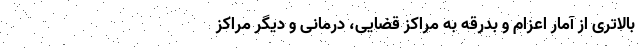
بالاتری از آمار اعزام و بدرقه به مراکز قضایی، درمانی و دیگر مراکز